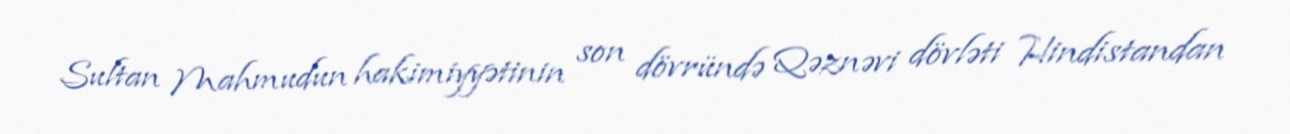
Sultan Mahmudun hakimiyyətinin son dövründə Qəznəvi dövləti Hindistandan